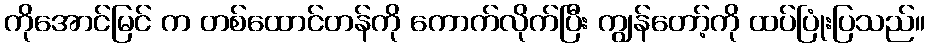
ကိုအောင်မြင် က တစ်ထောင်တန်ကို ကောက်လိုက်ပြီး ကျွန်တော့်ကို ထပ်ပြုံးပြသည်။